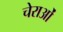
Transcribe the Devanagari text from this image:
चेराओं